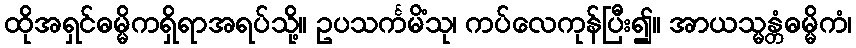
ထိုအရှင်ဓမ္မိကရှိရာအရပ်သို့။ ဥပသင်္ကမိံသု၊ ကပ်လေကုန်ပြီး၍။ အာယသ္မန္တံဓမ္မိကံ၊